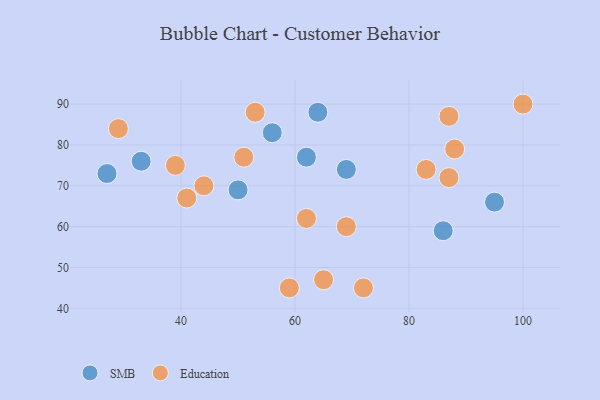
{"axis": {"x": "GDP", "y": "Life Expectancy"}, "legend": ["Education", "SMB"], "data": [{"x": "95", "y": 66, "type": "SMB"}, {"x": "62", "y": 77, "type": "SMB"}, {"x": "56", "y": 83, "type": "SMB"}, {"x": "86", "y": 59, "type": "SMB"}, {"x": "64", "y": 88, "type": "SMB"}, {"x": "27", "y": 73, "type": "SMB"}, {"x": "50", "y": 69, "type": "SMB"}, {"x": "69", "y": 74, "type": "SMB"}, {"x": "33", "y": 76, "type": "SMB"}, {"x": "39", "y": 75, "type": "Education"}, {"x": "83", "y": 74, "type": "Education"}, {"x": "88", "y": 79, "type": "Education"}, {"x": "87", "y": 87, "type": "Education"}, {"x": "87", "y": 72, "type": "Education"}, {"x": "51", "y": 77, "type": "Education"}, {"x": "29", "y": 84, "type": "Education"}, {"x": "65", "y": 47, "type": "Education"}, {"x": "41", "y": 67, "type": "Education"}, {"x": "72", "y": 45, "type": "Education"}, {"x": "69", "y": 60, "type": "Education"}, {"x": "53", "y": 88, "type": "Education"}, {"x": "59", "y": 45, "type": "Education"}, {"x": "100", "y": 90, "type": "Education"}, {"x": "62", "y": 62, "type": "Education"}, {"x": "44", "y": 70, "type": "Education"}]}